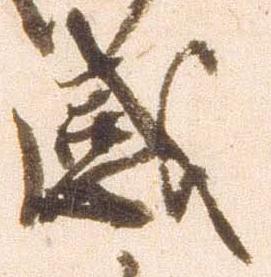
感